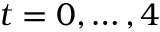
t = 0 , \ldots , 4